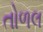
તોળલ